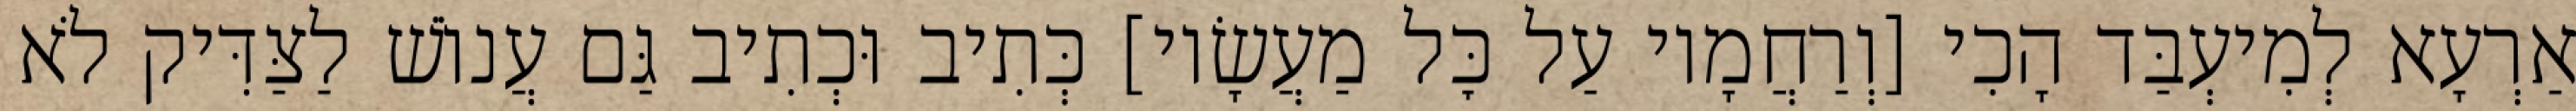
אַרְעָא לְמִיעְבַּד הָכִי [וְרַחֲמָיו עַל כׇּל מַעֲשָׂיו] כְּתִיב וּכְתִיב גַּם עֲנוֹשׁ לַצַּדִּיק לֹא